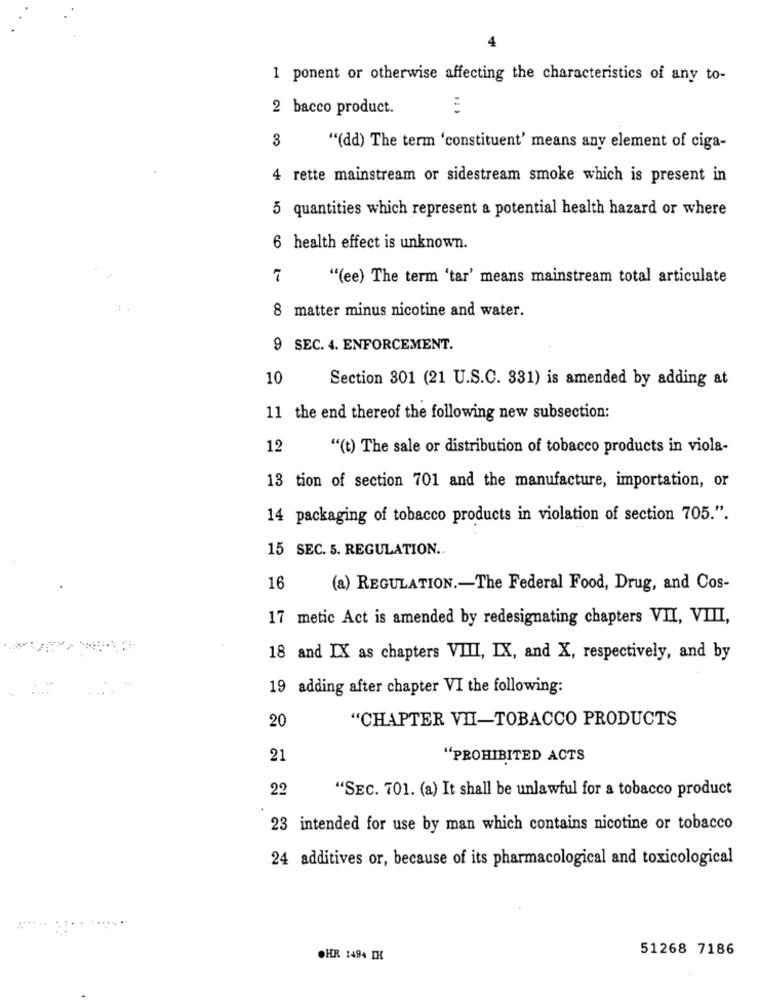
4
1 ponent or otherwise affecting the characteristics of any to-
2 bacco product.
3
"(dd) The term 'constituent' means any element of ciga-
4 rette mainstream or sidestream smoke which is present in
5 quantities which represent a potential health hazard or where
6 health effect is unknown.
"(ee) The term 'tar' means mainstream total articulate
8 matter minus nicotine and water.
9 SEC. 4. ENFORCEMENT.
10
Section 301 (21 U.S.C. 331) is amended by adding at
11 the end thereof the following new subsection:
12
"(t) The sale or distribution of tobacco products in viola-
13 tion of section 701 and the manufacture, importation, or
14 packaging of tobacco products in violation of section 705.".
15 SEC. 5. REGULATION ..
16
(a) REGULATION .- The Federal Food, Drug, and Cos-
17 metic Act is amended by redesignating chapters VII, VIII,
18 and IX as chapters VIII, IX, and X, respectively, and by
19 adding after chapter VI the following:
20
"CHAPTER VII-TOBACCO PRODUCTS
21
"PROHIBITED ACTS
22
"SEC. 701. (a) It shall be unlawful for a tobacco product
23 intended for use by man which contains nicotine or tobacco
24 additives or, because of its pharmacological and toxicological
51268 7186
.HR 1494 IH